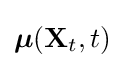
{\boldsymbol {\mu }}(\mathbf {X} _{t},t)